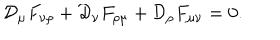
{ \cal D } _ { \mu } F _ { \nu \rho } + { \cal D } _ { \nu } F _ { \rho \mu } + { \cal D } _ { \rho } F _ { \mu \nu } = 0 .